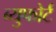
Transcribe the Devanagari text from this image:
ब्युफोर्ट